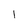
Character: l